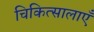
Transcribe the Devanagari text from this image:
चिकित्सालाएँ